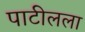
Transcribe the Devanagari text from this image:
पाटीलला